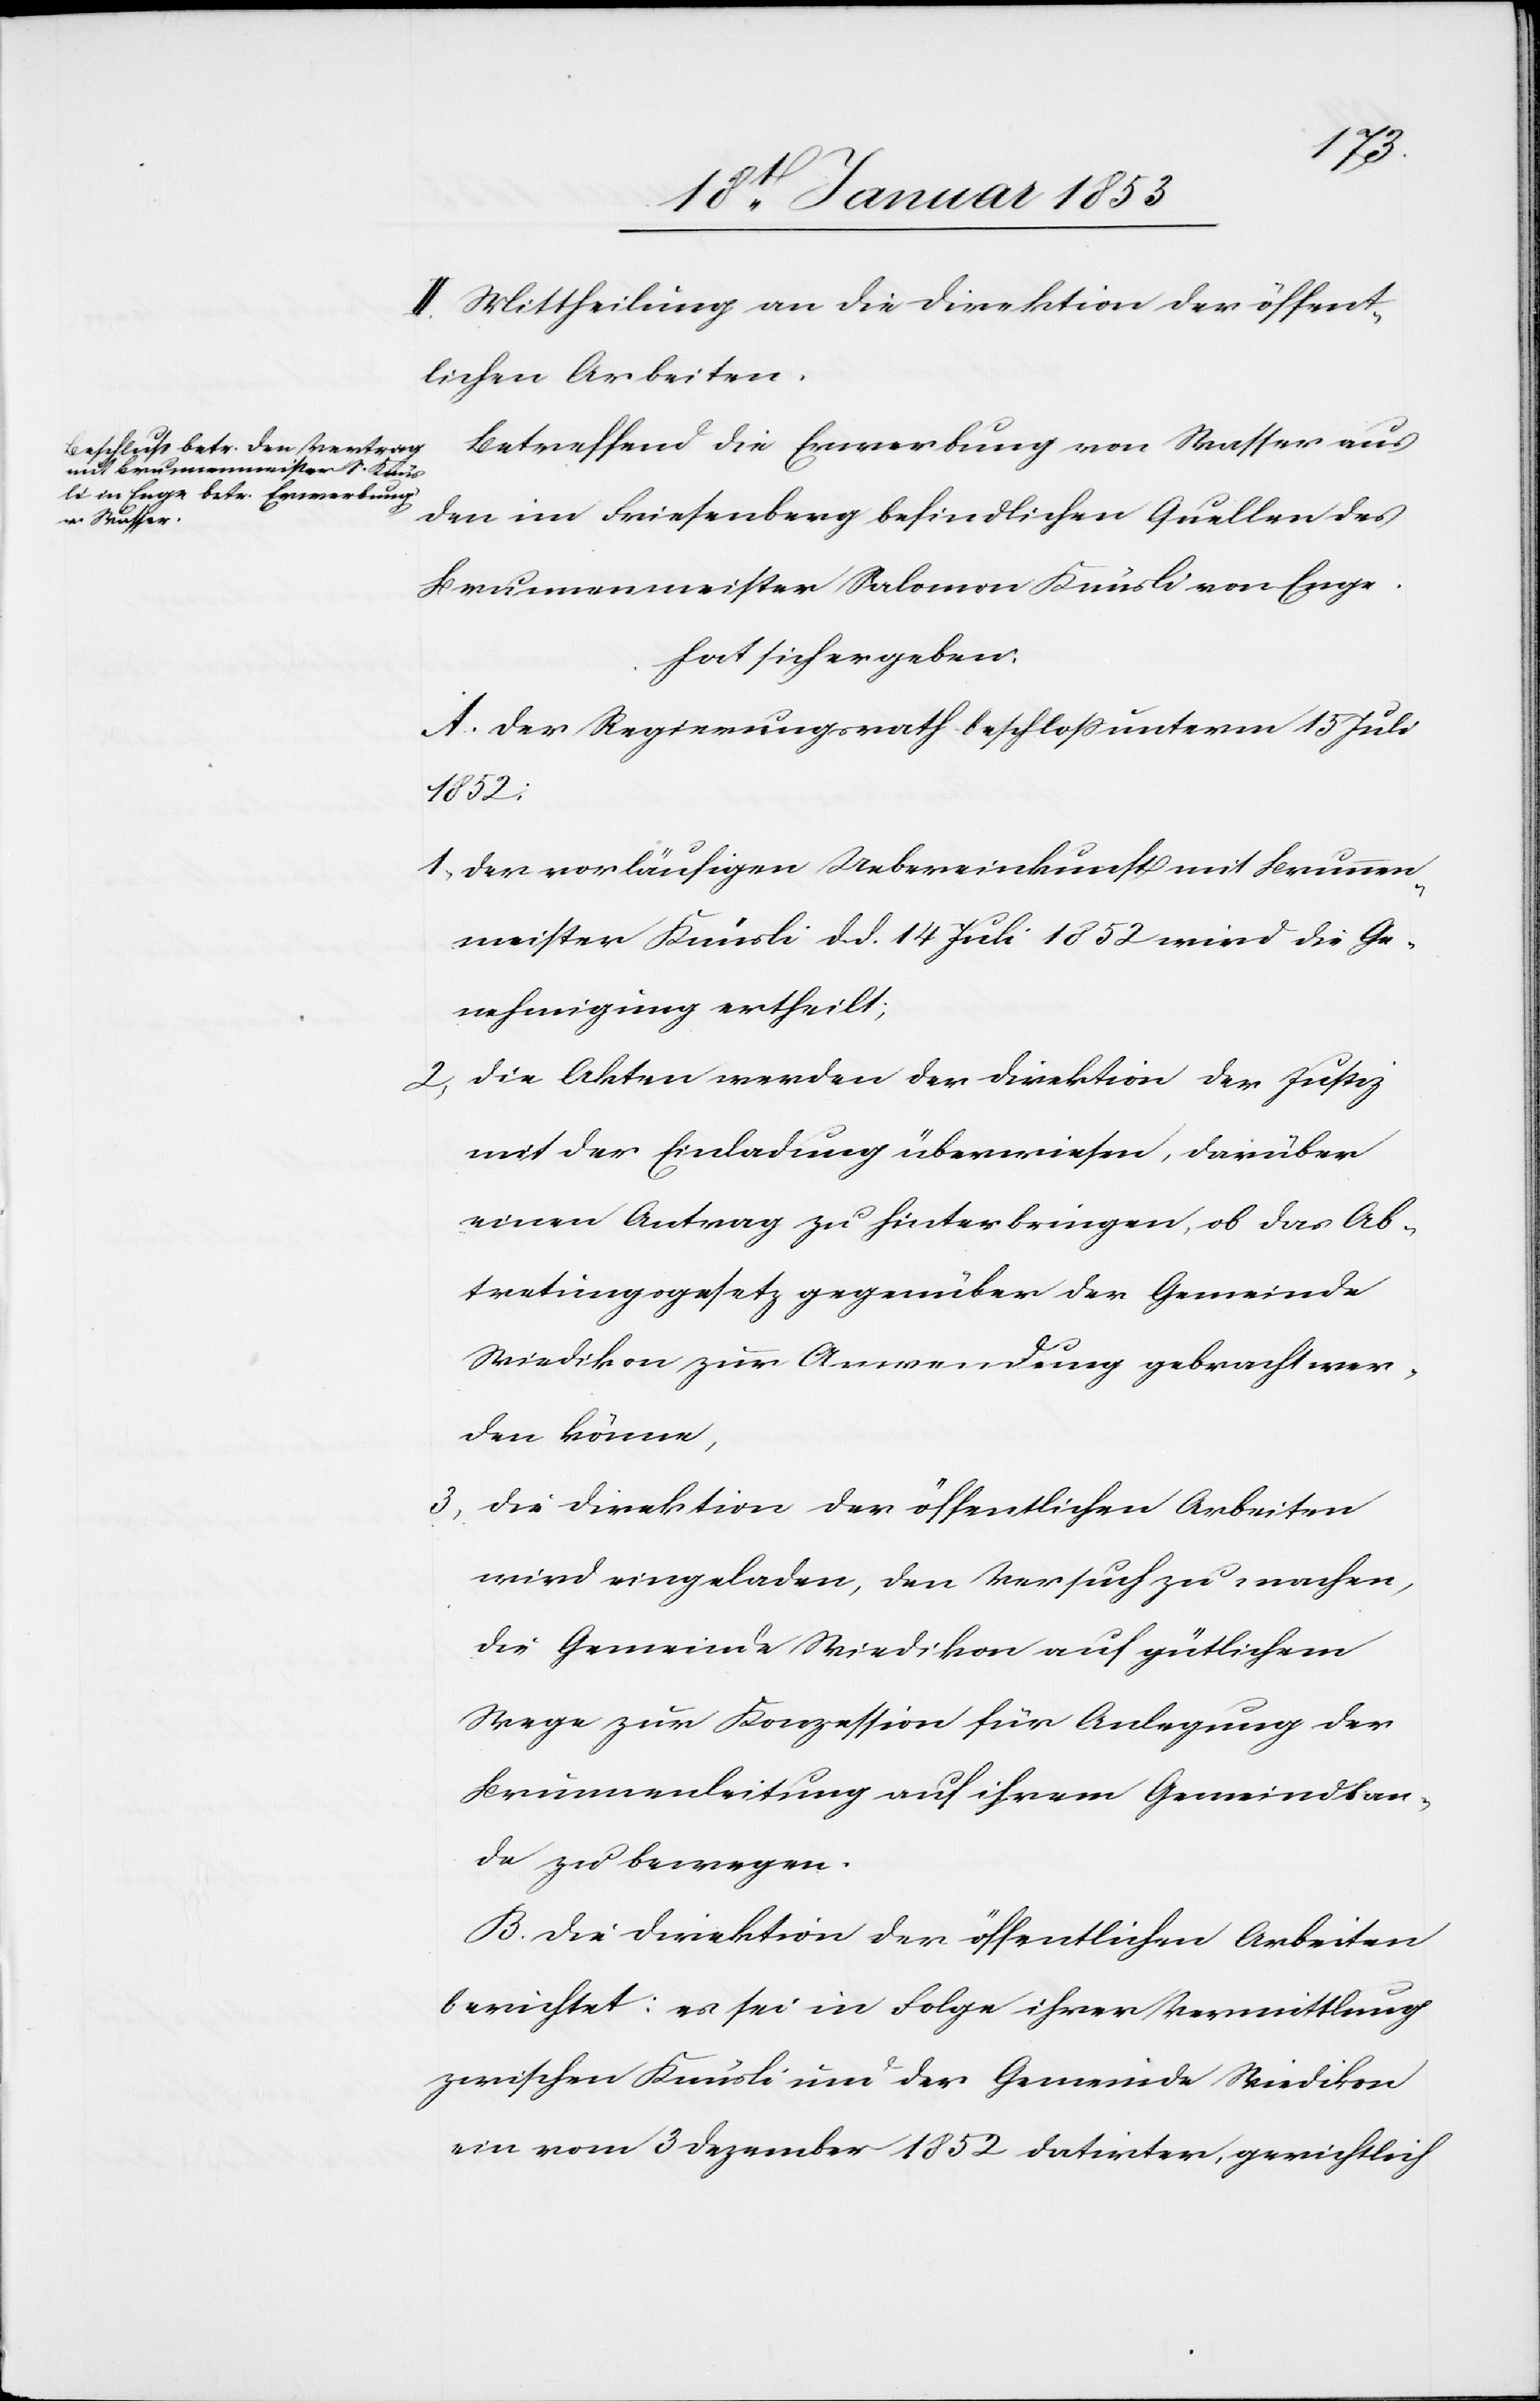
1852:
II. Mittheilung an die Direktion der öffent¬
lichen Arbeiten.
Betreffend die Erwerbung von Wasser aus
den im Friesenberg befindlichen Quellen des
Brunnenmeister Salomon Knüsli von Enge
hat sich ergeben:
A. der Regierungsrath beschloß unterm 15. Juli
1. der vorläufigen Uebereinkunft mit Brunnen¬
meister Knüsli d. d. 14. Juli 1852. wird die Ge¬
nehmigung ertheilt:
2. die Akten werden der Direktion der Justiz
mit der Einladung überwiesen, darüber
einen Antrag zu hinterbringen, ob das Ab¬
tretungsgesetz gegenüber der Gemeinde
Wiedikon zur Anwendung gebracht wer¬
den könne,
3. die Direktion der öffentlichen Arbeiten
wird eingeladen, den Versuch zu machen,
die Gemeinde Wiedikon auf gütlichem
Wege zur Konzession für Anlegung der
Brunnenleitung auf ihrem Gemeindelan¬
de zu bewegen.
B. Die Direktion der öffentlichen Arbeiten
berichtet: es sei in Folge ihrer Vermittlung
zwischen Knüsli und der Gemeinde Wiedikon
ein vom 3 Dezember 1852 datirter, gerichtlich